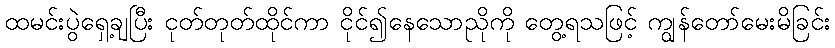
ထမင်းပွဲရှေ့ချပြီး ငုတ်တုတ်ထိုင်ကာ ငိုင်၍နေသောညိုကို တွေ့ရသဖြင့် ကျွန်တော်မေးမိခြင်း